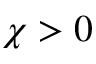
\chi > 0